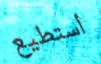
أستطيع